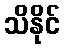
သိနိုင်